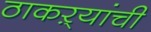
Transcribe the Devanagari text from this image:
ठाकऱ्यांची